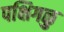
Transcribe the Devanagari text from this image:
पक्षिगळु